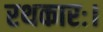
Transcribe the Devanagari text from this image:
रथकारः।